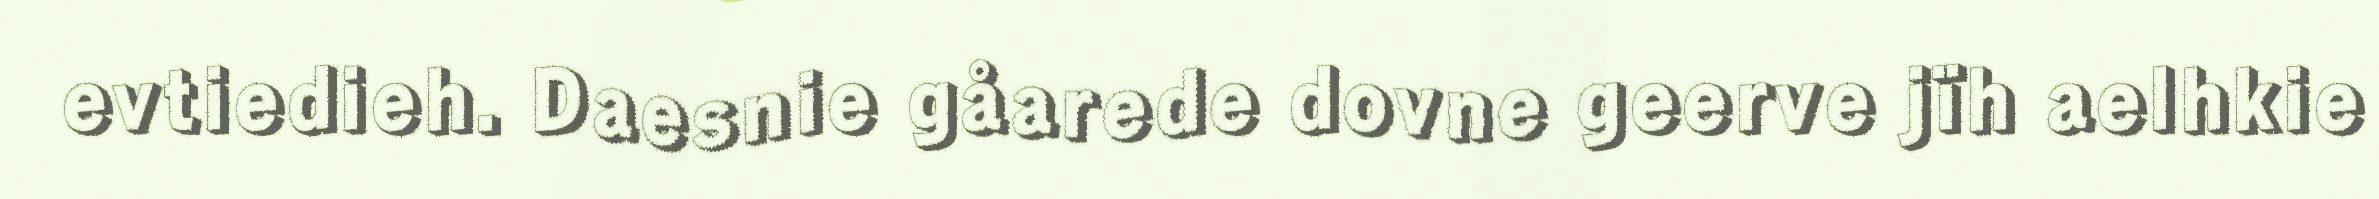
evtiedieh. Daesnie gåarede dovne geerve jïh aelhkie